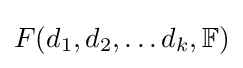
F(d_{1},d_{2},\ldots d_{k},\mathbb {F} )